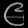
Digit: ၉